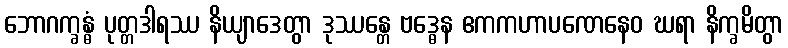
ဘောဂက္ခန္ဓံ ပုတ္တဒါရဿ နိယျာဒေတွာ ဒုဿန္တေ ဗဒ္ဓေန ဧကကဟာပဏေနေဝ ဃရာ နိက္ခမိတွာ